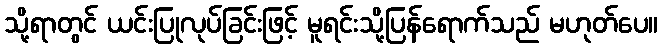
သို့ရာတွင် ယင်းပြုလုပ်ခြင်းဖြင့် မူရင်းသို့ပြန်ရောက်သည် မဟုတ်ပေ။